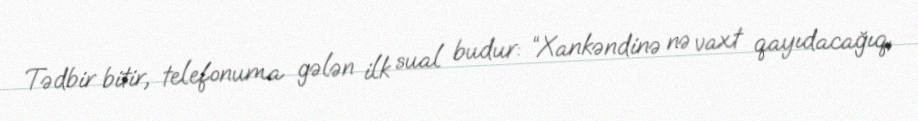
Tədbir bitir, telefonuma gələn ilk sual budur: “Xankəndinə nə vaxt qayıdacağıq,